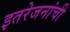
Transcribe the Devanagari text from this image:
इतरेजनांची